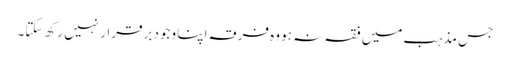
جس مذہب میں فقہ نہ ہو وہ فرقہ اپنا وجود برقرار نہیں رکھ سکتا۔